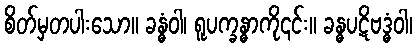
စိတ်မှတပါးသော။ ခန္ဓံဝါ၊ ရူပက္ခန္ဓာကို၎င်း။ ခန္ဓပဋိဗဒ္ဓံဝါ၊